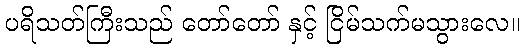
ပရိသတ်ကြီးသည် တော်တော် နှင့် ငြိမ်သက်မသွားလေ။